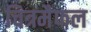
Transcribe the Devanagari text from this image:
चित्रमैफल